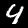
Label: 4